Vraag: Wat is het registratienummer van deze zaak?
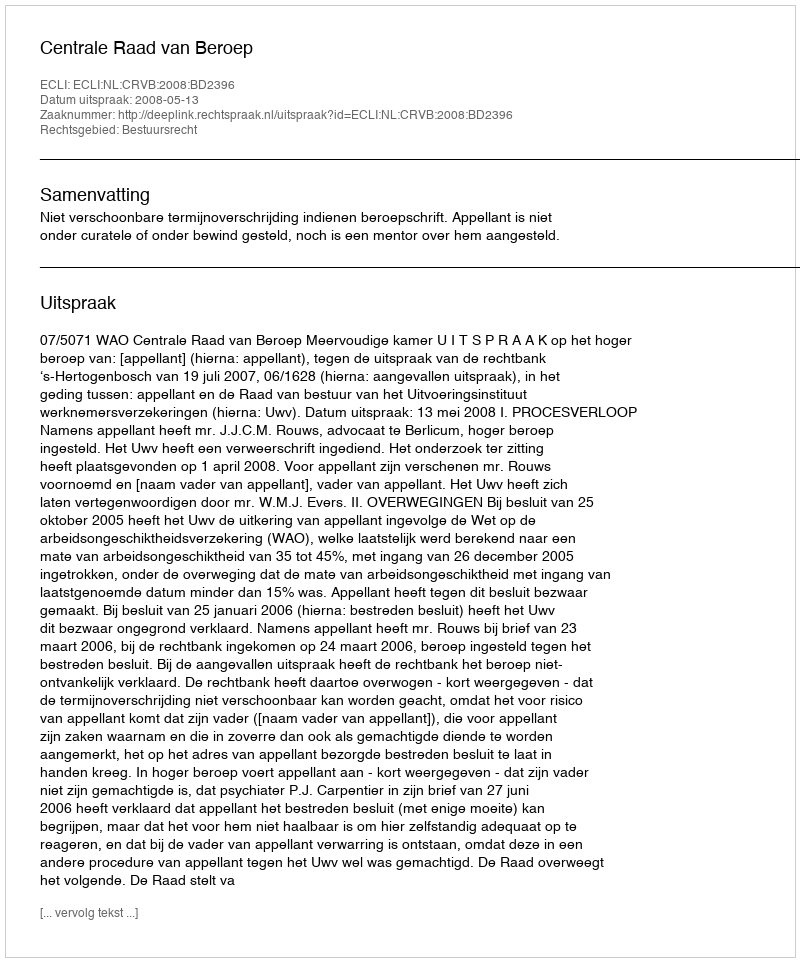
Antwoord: http://deeplink.rechtspraak.nl/uitspraak?id=ECLI:NL:CRVB:2008:BD2396